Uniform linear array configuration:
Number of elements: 4
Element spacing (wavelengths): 0.25
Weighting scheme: hann
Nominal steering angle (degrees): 30
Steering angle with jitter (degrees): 28.607
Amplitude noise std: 0.05
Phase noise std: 0.05

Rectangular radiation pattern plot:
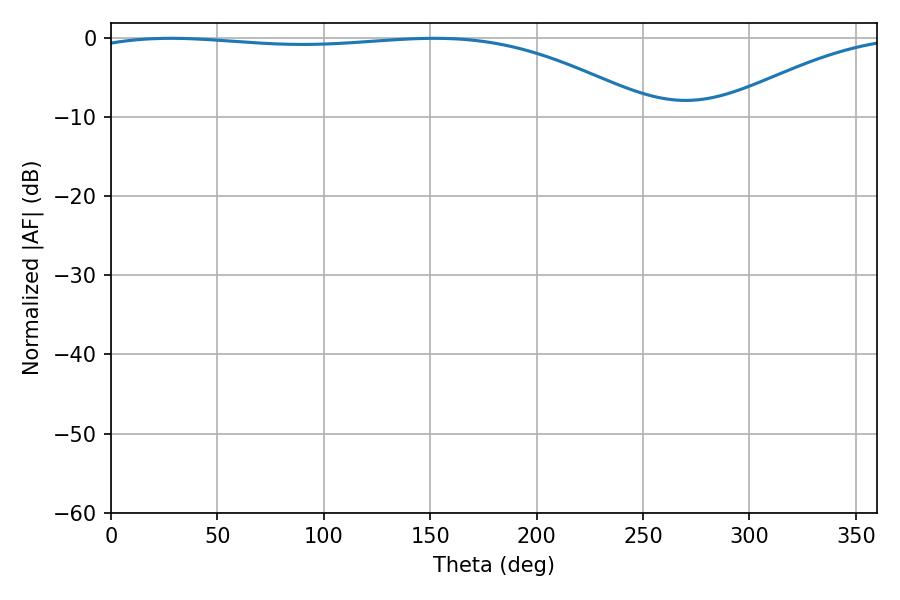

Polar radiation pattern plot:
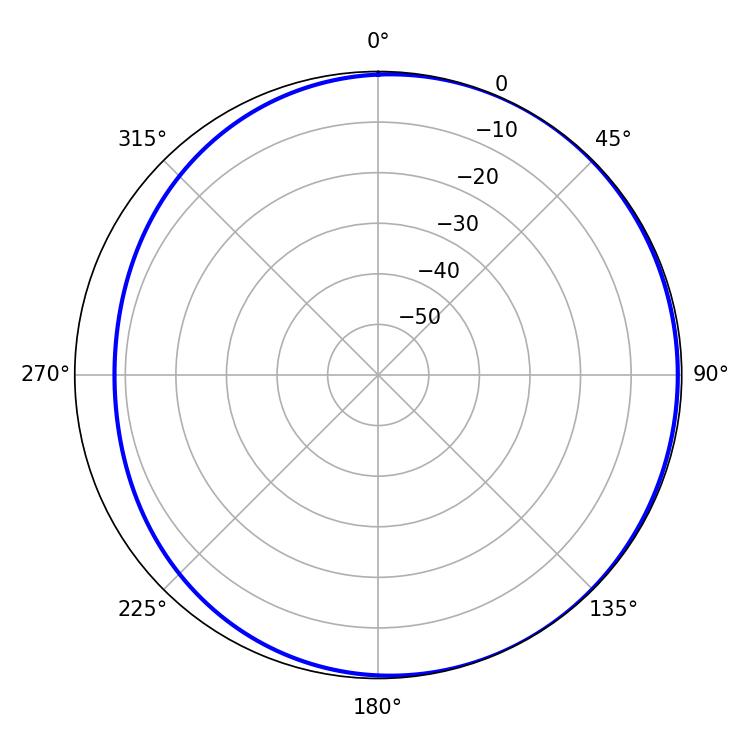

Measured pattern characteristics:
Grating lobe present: FALSE
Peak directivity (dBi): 2.225
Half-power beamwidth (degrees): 211.86
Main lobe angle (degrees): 28.08